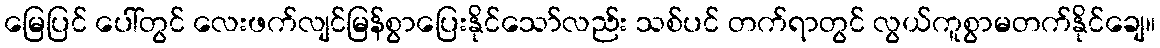
မြေပြင် ပေါ်တွင် လေးဖက်လျင်မြန်စွာပြေးနိုင်သော်လည်း သစ်ပင် တက်ရာတွင် လွယ်ကူစွာမတက်နိုင်ချေ။